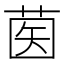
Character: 𦱵